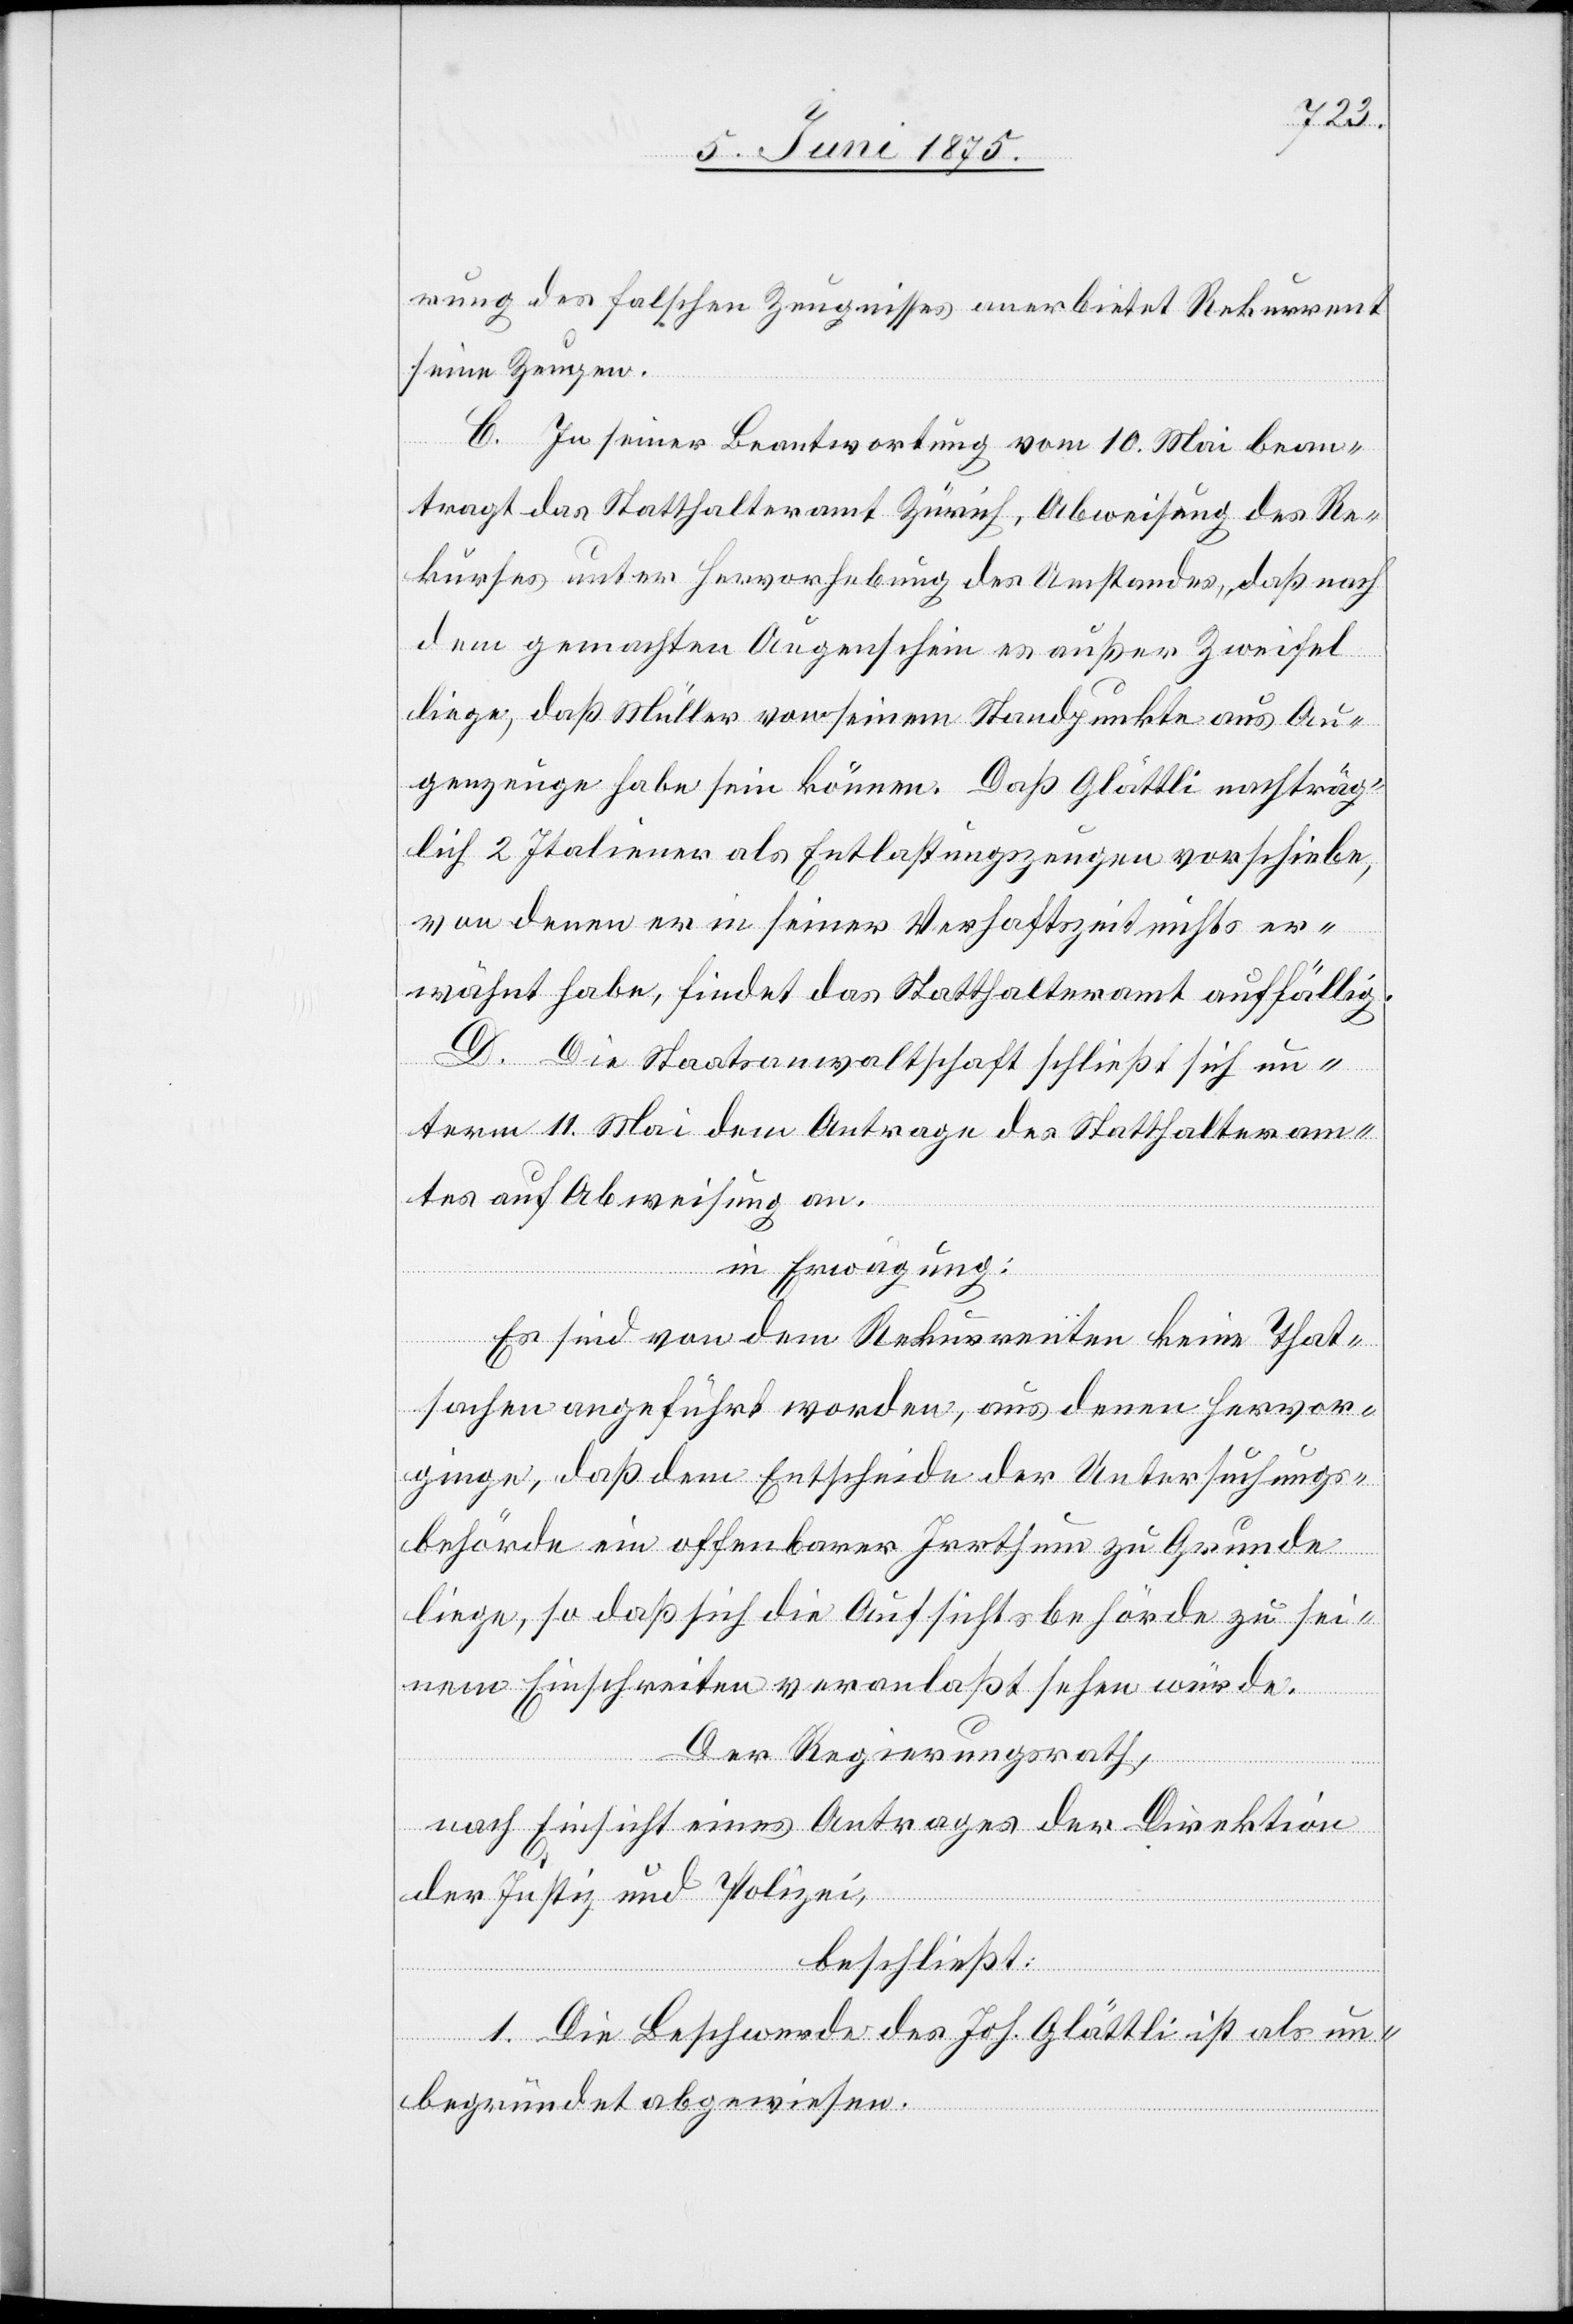
rung des falschen Zeugnisses anerbietet Rekurrent
seine Zeugen.
C. In seiner Beantwortung vom 10. Mai bean¬
tragt das Statthalteramt Zürich, Abweisung des Re¬
kurses unter Hervorhebung des Umstandes, daß nach
dem gemachten Augenschein es außer Zweifel
liege, daß Müller von seinem Standpunkte aus Au¬
genzeuge habe sein können. Daß Glättli nachträg¬
lich 2 Italiener als Entlastungszeugen vorschiebe,
von denen er in seiner Verhaftszeit nichts er¬
wähnt habe, findet das Statthalteramt auffällig.
D. Die Staatsanwaltschaft schließt sich un¬
term 11. Mai dem Antrage des Statthalteram¬
tes auf Abweisung an.
in Erwägung:
Es sind von dem Rekurrenten keine That¬
sachen angeführt worden, aus denen hervor¬
ginge, daß dem Entscheide der Untersuchungs¬
behörde ein offenbarer Irrthum zu Grunde
liege, so daß sich die Aufsichtsbehörde zu sei¬
nem Einschreiten veranlaßt sehen würde.
Der Regierungsrath,
nach Einsicht eines Antrages der Direktion
der Justiz und Polizei,
beschließt:
1. Die Beschwerde des Joh. Glättli ist als un¬
begründet abgewiesen.